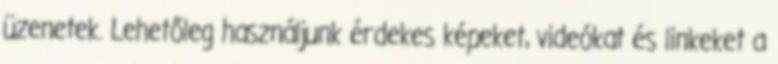
üzenetek. Lehetőleg használjunk érdekes képeket, videókat és linkeket a